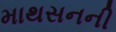
માથસનની